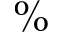
\%